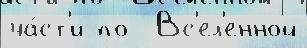
ча́ст'и по  Вс'ел'енной